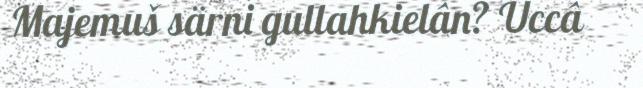
Majemuš särni gullahkielân? Uccâ